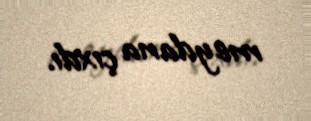
meydana çıxdı.